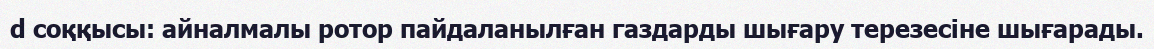
d соққысы: айналмалы ротор пайдаланылған газдарды шығару терезесіне шығарады.